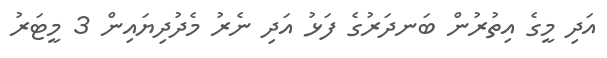
އަދި މީގެ އިތުރުން ބަނދަރުގެ ފަޅު އަދި ނެރު މެދުދިޔައިން 3 މީޓަރު